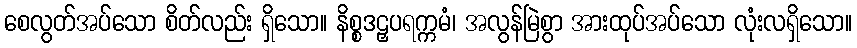
စေလွတ်အပ်သော စိတ်လည်း ရှိသော။ နိစ္စဒဠှပရက္ကမံ၊ အလွန်မြဲစွာ အားထုပ်အပ်သော လုံးလရှိသော။